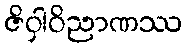
ဇိဝှါဝိညာဏဿ